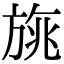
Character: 旐